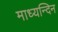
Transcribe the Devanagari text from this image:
माध्‍यन्‍दिन